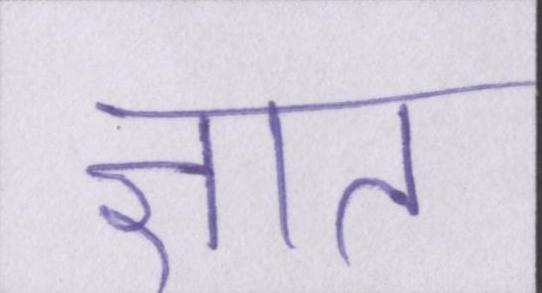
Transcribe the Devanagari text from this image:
ज्ञात